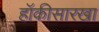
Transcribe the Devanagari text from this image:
हॉकीसारखा